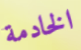
الخادمة